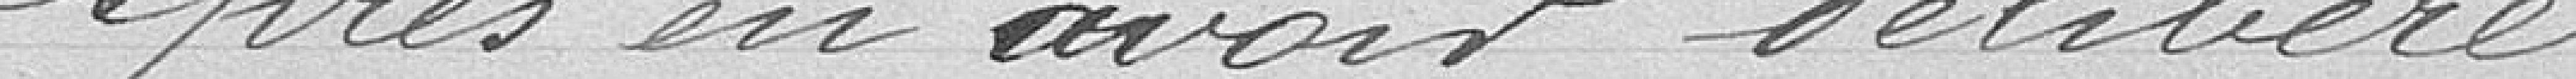
Après en avoir délibéré